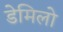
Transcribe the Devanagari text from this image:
डेमिलो